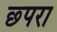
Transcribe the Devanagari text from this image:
छ्परा